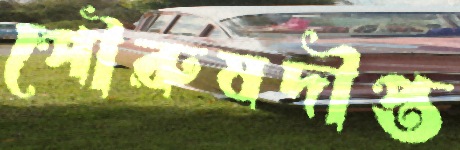
পৌরুষদীপ্ত